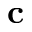
\mathbf { c }